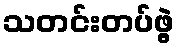
သတင်းတပ်ဖွဲ့